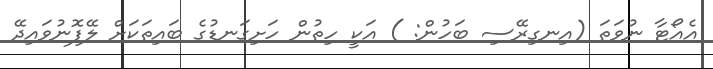
އެއޯޓާ ނުވަތަ (އިނގިރޭސި ބަހުން: ) އަކީ ހިތުން ހަށިގަނޑުގެ ބައިތަކަށް ލޭފޮނުވައިދޭ